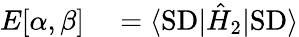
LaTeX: \begin{array}{rl}{E[\alpha,\beta]}&{{}=\langle\textrm{SD}|\hat{H}_{2}|\textrm{SD}\rangle}\end{array}